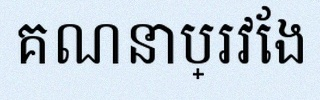
គណនាប្រវែង